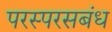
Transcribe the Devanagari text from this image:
परस्परसबंध